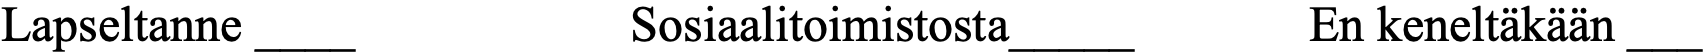
Lapseltanne ____    Sosiaalitoimistosta_____ En keneltäkään ___